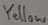
Text: Yellow